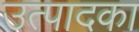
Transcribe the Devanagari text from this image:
उत्पादका